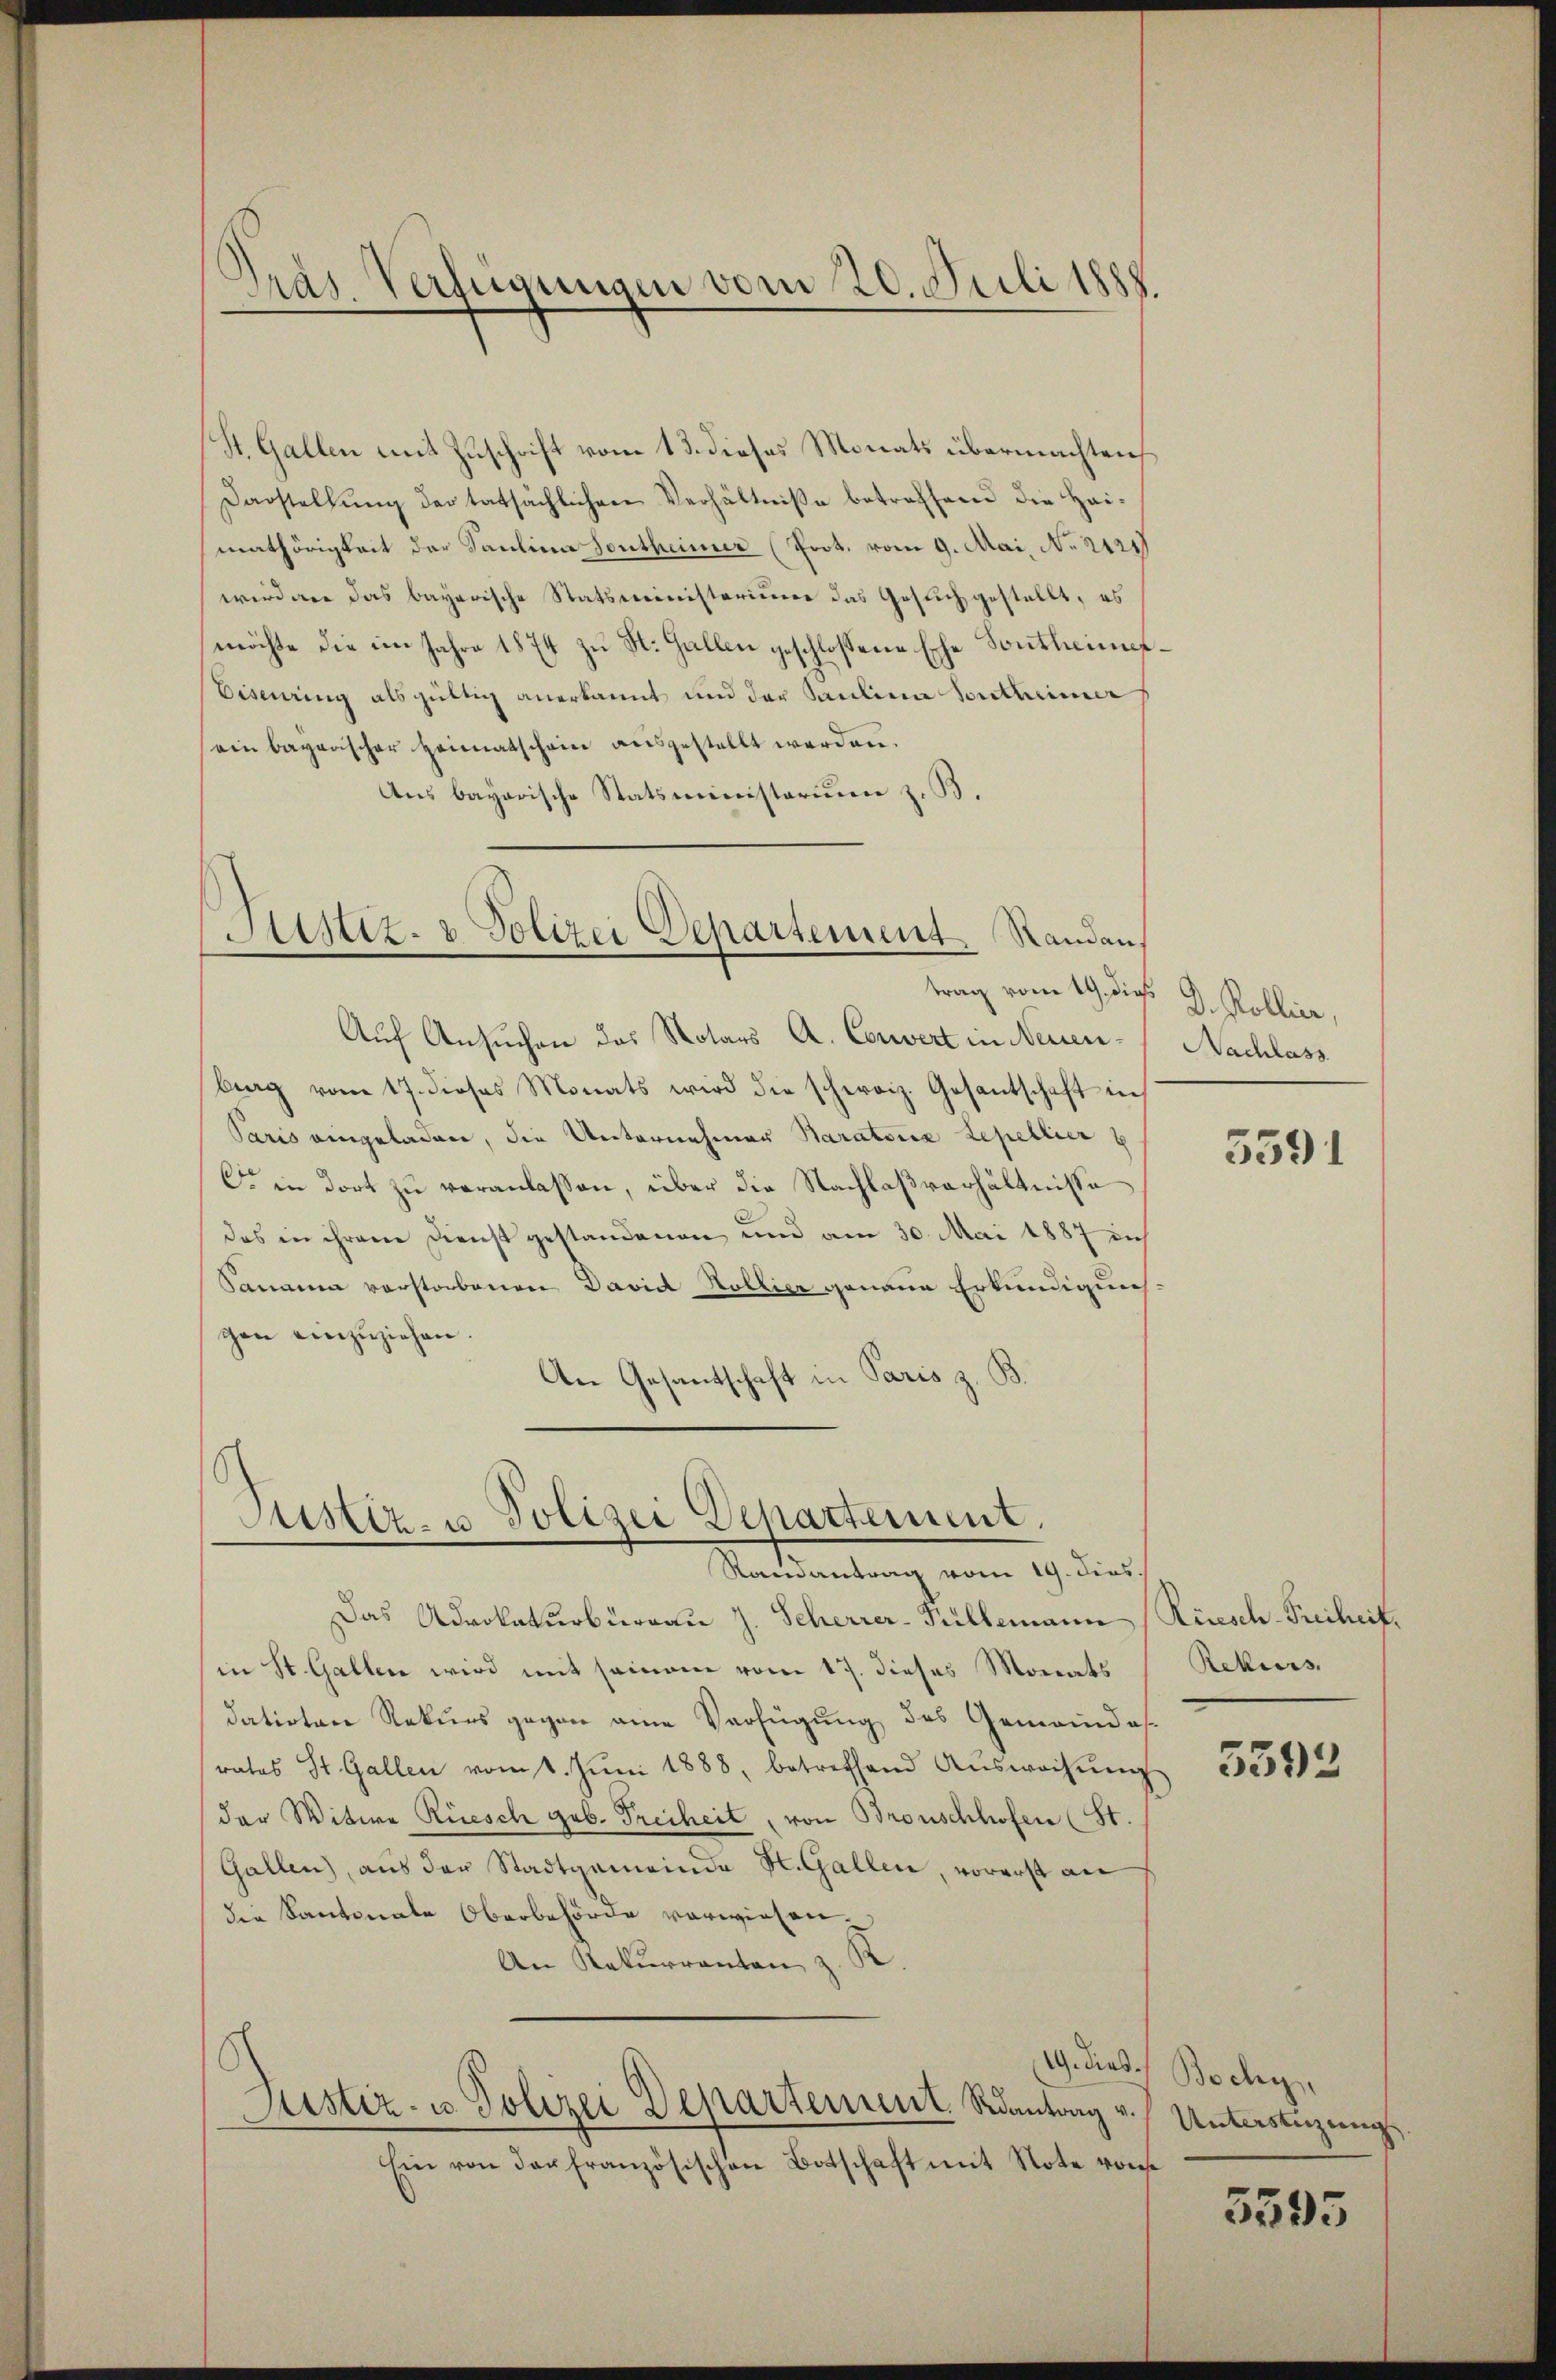
St. Gallen mit Zuschrift vom 13. dieses Monats übermachten,
Darstellŭng der tatsächlichen Verhältniße betreffend die Hai-
mathörigkeit der Paulina Sontheimer (Prot. vom 9. Mai, No 2121
wird an das bayerische Statsministerium das Gesuch gestellt, es
möchte die im Jahre 1874 zŭ St. Gallen geschlossene Erhe Sontheimes¬
Bisering als gültig anerkannt und der Saulina Contheime
ein bayerischer Heimatschein ausgestellt werden.
Aus bayerische Statsministerium z. B.

räs. Verfügungen vom 20. Juli 1888.

Justiz- & Polizei Departement Randan
trag vom 19. dies J. Kollier,

Auf Ansuchen das Notars A. Convert in Neuenberg vom 17. dieses Monats wird die schweiz. Gesantschaft in
Paris eingeladen, die Unternehmer Baratoria Lepellier g
C in dort zu veranlassen, über die Nachlaßverhältnisse
das in ihrem Dienst gestandenen und am 30. Mai 1887 di
Sanania vorstorbenen David Hollier genaue Erkundigunggen einzŭziehen.
An Gesantschaft in Paris z. B.

Justiz- u Polizei Departement.
Sontantung vom 19. dies

Das Advokaturbüreau J. Scherrer-Prillemann Rüesch-Freiheit,
in St. Gallen wird mit seinem vom 17. dieses Monats
datirten Rekurs gegen eine Verfügung des Gemeindesrates St. Gallen vom 1. Jŭni 1888, betreffend Aŭswachŭng
der Witwe Rüesch geb. Freiheit, von Bronschhofen (St.
Gallen, aus der Stadtgemeinde St. Gallen, vorerst an
die Kantonale Oberbehörde verwiesen
An Rekurranten, z. K
Justiz- & Polizei Departenrent Rantrag v. Unterstüzungs
Ein von der französischen Botschaft mit Note von

Nachlass

3591

Rekurs

5392

19. Dies Bochy,

5595